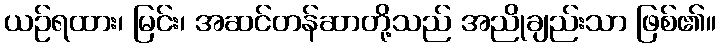
ယဉ်ရထား၊ မြင်း၊ အဆင်တန်ဆာတို့သည် အညိုချည်းသာ ဖြစ်၏။